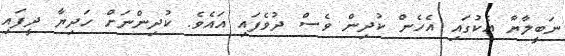
ނަބީލާޔާ އެކުގައި އެހެން ކުދިން ވެސް ދުވެފައި އައެވެ. ކުދިންނަށް ހަދިޔާ ދީފައި